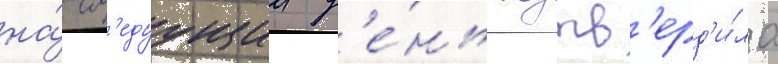
на́ сл'едуущии д'е́нь подтв'ерд'и́ла